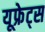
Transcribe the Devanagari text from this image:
यूफ्रेट्स